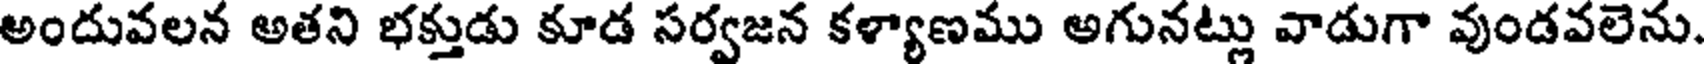
అందువలన అతని భక్తుడు కూడ సర్వజన కళ్యాణము అగునట్లు వాడుగా వుండవలెను.